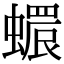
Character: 𧑩